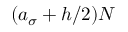
( a _ { \sigma } + h / 2 ) N